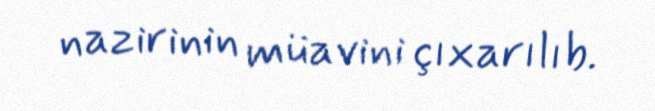
nazirinin müavini çıxarılıb.